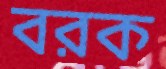
বরক